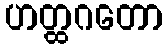
ဟတ္ထဂတော